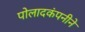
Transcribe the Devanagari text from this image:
पोलादकंपनीने